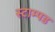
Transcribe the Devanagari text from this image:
स्टाम्पड